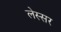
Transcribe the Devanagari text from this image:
लेस्सर